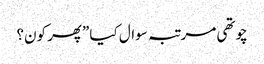
چوتھی مرتبہ سوال کیا ”پھر کون؟